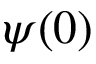
\psi ( 0 )